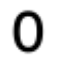
o